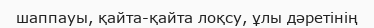
шаппауы, қайта-қайта лоқсу, ұлы дәретінің